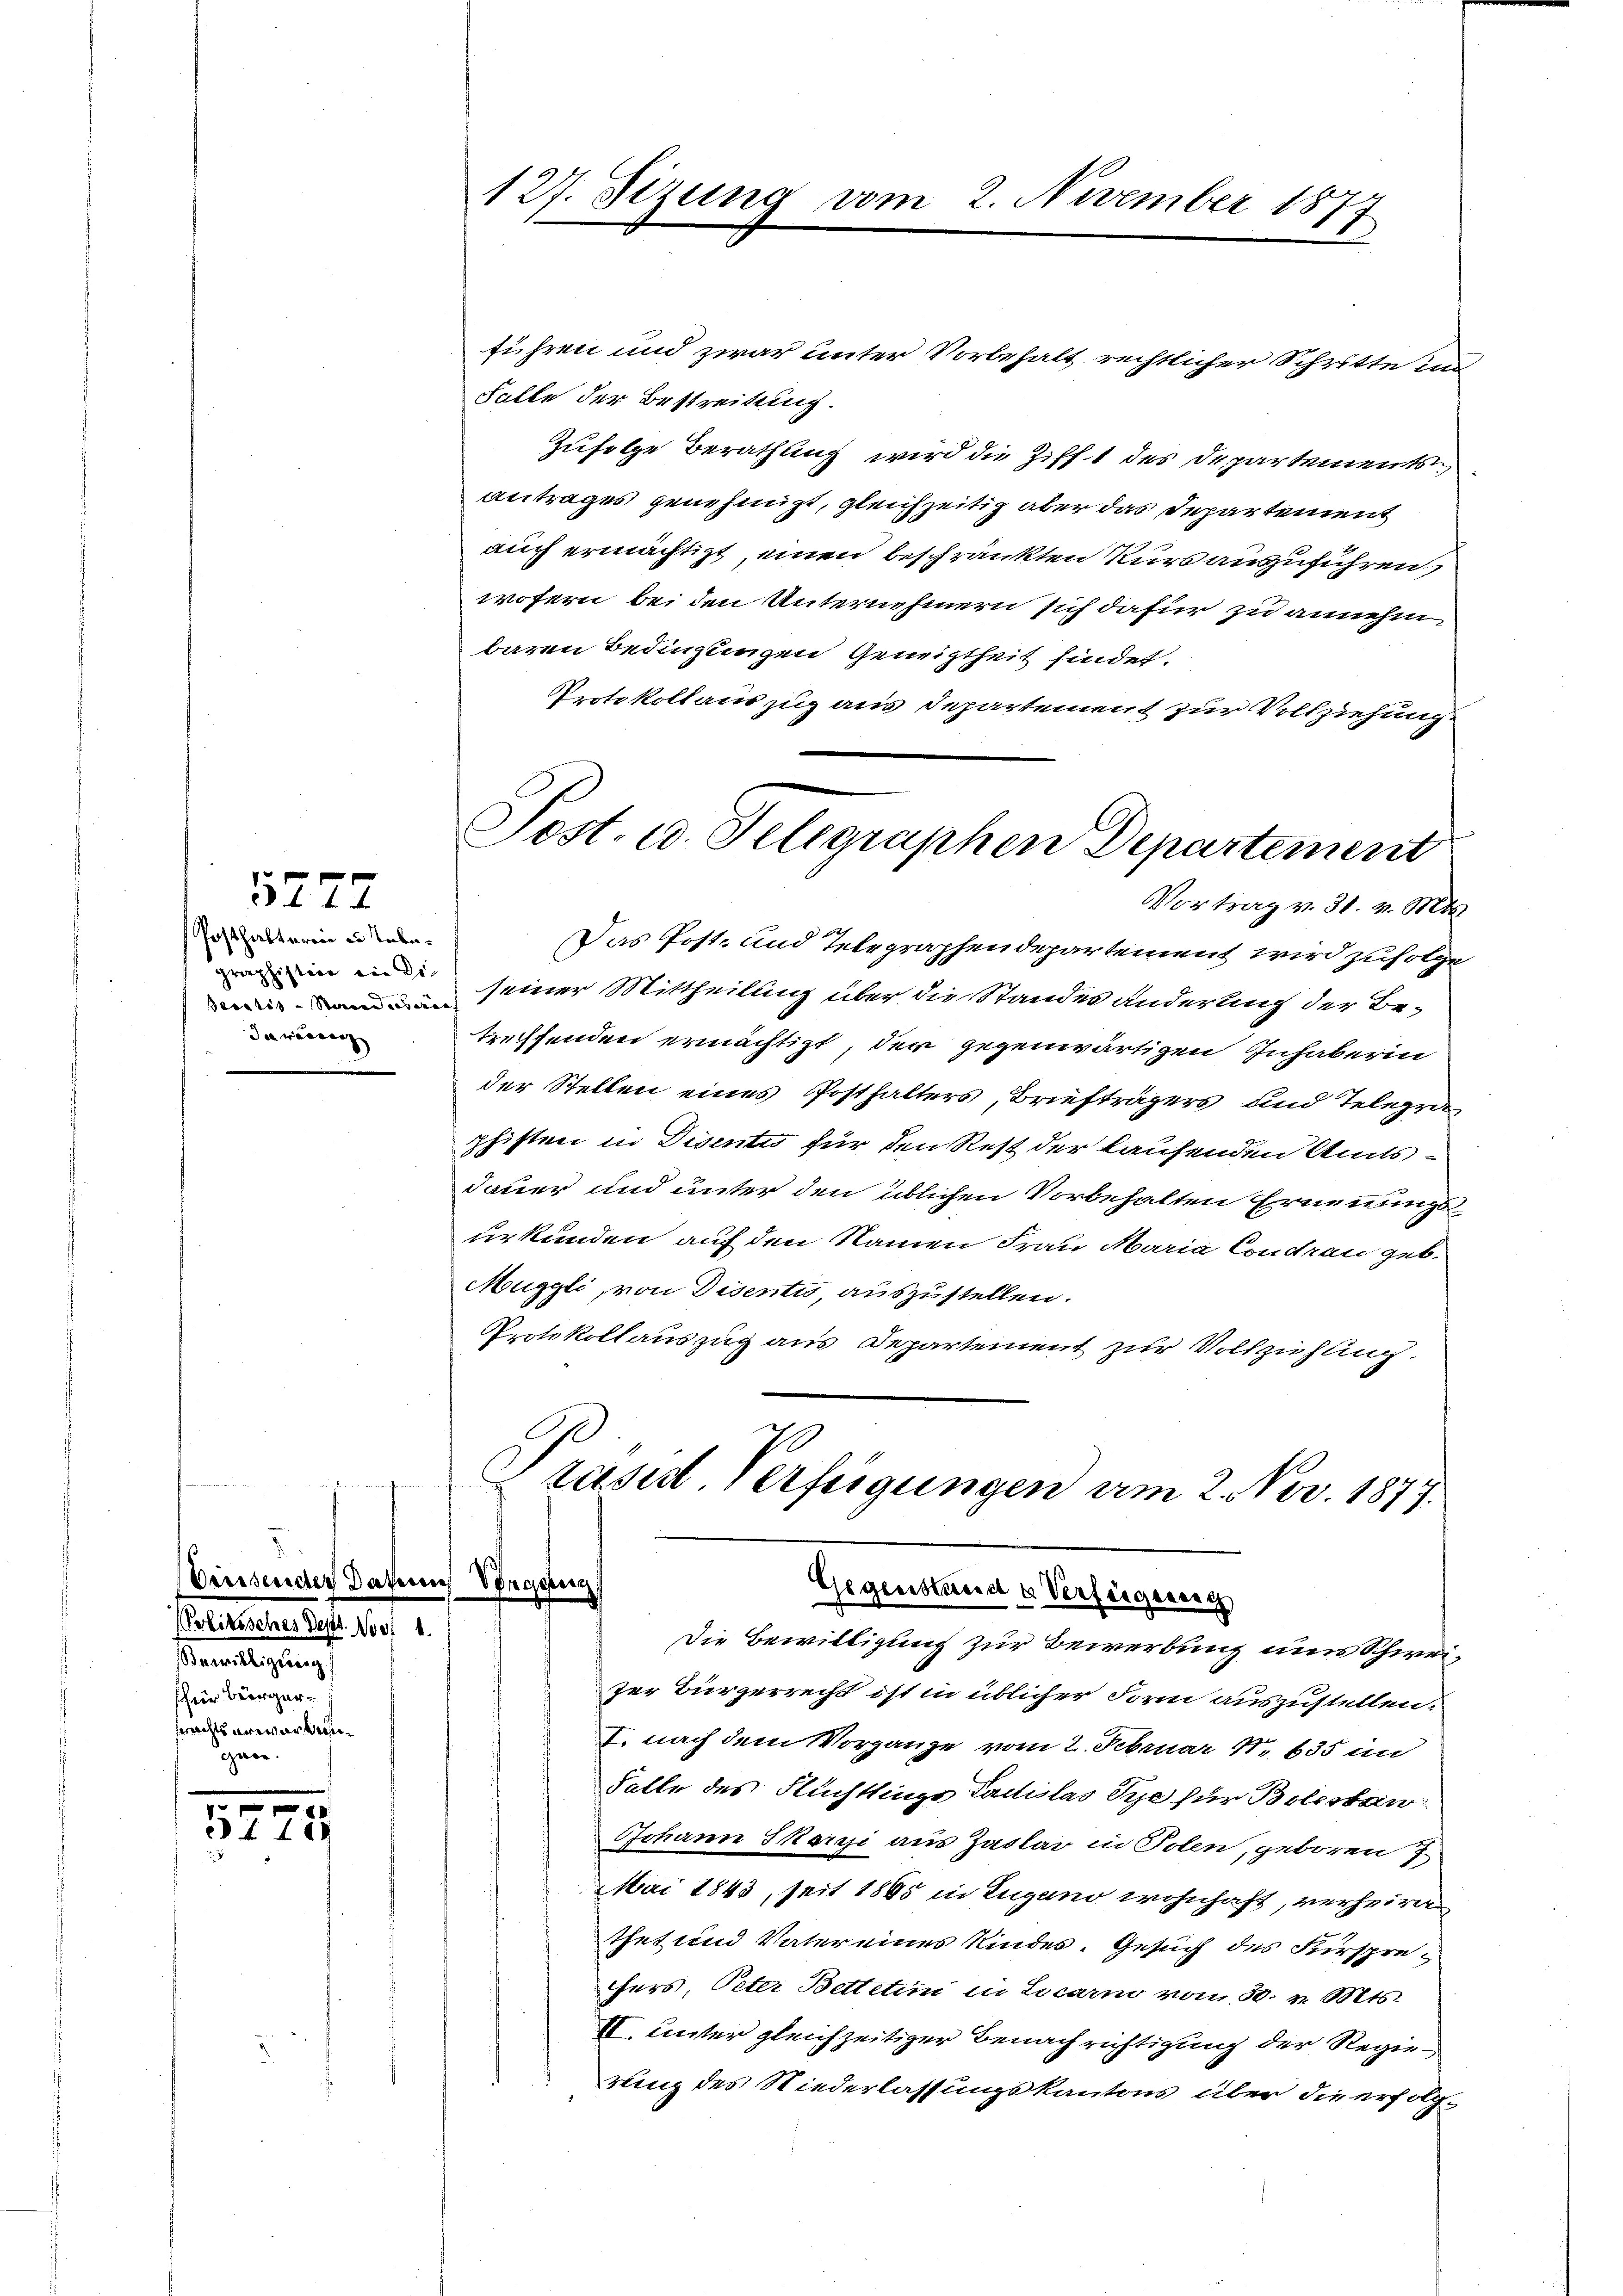
Posthalterin u. Talagraphistire ein Die
Seontis-Steuerdieser
Jawesen

r
5112

72

Preisender Date
Politisches Sept. Vor
nerlegung
für Bergersrechts erwartengan.

führen und zwar unter Vorbehalt rechtlicher Schritte in
Falle der Bestreitung.
Zufolge Berathung wird die Ziff. 1 des Departements
antrages genehmigt, gleichzeitig aber das Departement
auch ermächtigt, einen beschränkten Kurs auszuführen,
wofern bei den Unternehmern sich dafür zu annehmbaren Bedingungen Geneigtheit findet.
Portokollauszug aus Departement zur Vollziehung
Das Post- und Telegraphendepartement wird zufolge
seiner Mittheilung über die Standes änderung der Betreffenden ermächtigt, der gegenwärtigen Inhaberin
der Stellen eines Posthalters, Briefträgers und Telegra
phisten in Disentis für den Rest der laufenden Amtsdauer und unter den üblichen Vorbehalten Ernennungsurkunden auf den Namen Frau Maria Condran geb.
Muggli, von Disenti, auszustellen.
Protokollauszug aus Departement zur Vollziehung.
Präses Verfügungen am 2. Nov. 1877.

127. Sizung vom 2. November 1877

Sost. u. Telegraphen Departement
Vortrag v. 31. v. Mts.

nus Vorgang

Gegenstand u. Verfeigenssch
Die Bewilligung zur Bewerbung nun Schwei¬

.
zer Bürgerrecht ist in üblicher Form auszustellen.
I. nach dem Vorgange vom 2. Februar 18. 635 an
Falle des Flüchtlinge Ladislas Sye für Botestan
Johann Skarsi aus Zaslar in Polen, geboren 7
Mai 1843, seit 1865 in Zugano wohnhaft, verheir
thet und Vater eines Kindes. Gesuch des Fürsprefers, Peter Betteten in Locari vom 30. v. Mts.
II. unter gleichzeitiger Benachrichtigung der Regierung des Niederlassungskantons über die erfolg¬